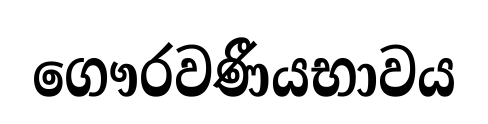
ගෞරවණීයභාවය